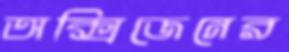
অক্সিজেনের